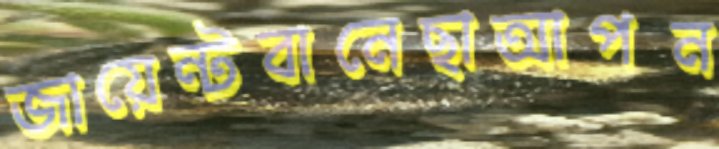
জায়েন্টবানেছাআপন